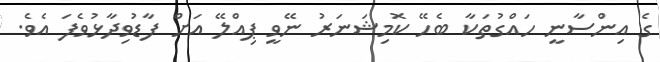
ގެ އިންސާނީ ހައްގުތަކާ ބެހޭ ކޮމިޝަނަރު ނޭވީ ޕިއްލޭ އަށް ފާޑުވިދާޅުވެފަ އެވެ.